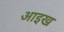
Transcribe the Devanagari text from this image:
आइख